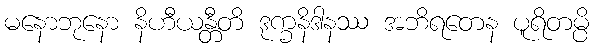
မနောဘုနော နိဟီယန္တီတိ ဒုက္ခနိဒါနဿ အဘိရတေန ပူရိတမ္ပိ